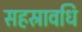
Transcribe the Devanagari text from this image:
सहस्रावधि